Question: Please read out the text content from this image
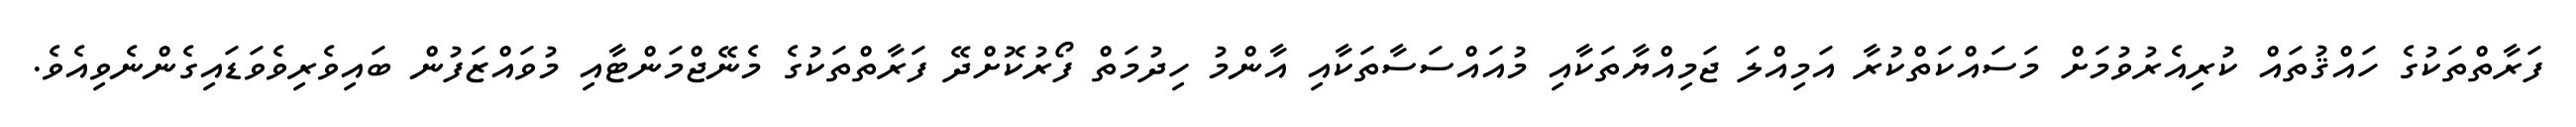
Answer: ފަރާތްތަކުގެ ހައްޤުތައް ކުރިއެރުވުމަށް މަސައްކަތްކުރާ އަމިއްލަ ޖަމިއްޔާތަކާއި މުއައްސަސާތަކާއި އާންމު ހިދުމަތް ފޯރުކޮށްދޭ ފަރާތްތަކުގެ މެނޭޖްމަންޓާއި މުވައްޒަފުން ބައިވެރިވެވަޑައިގެންނެވިއެވެ.